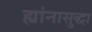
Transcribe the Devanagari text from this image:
ह्यांनासुद्धा